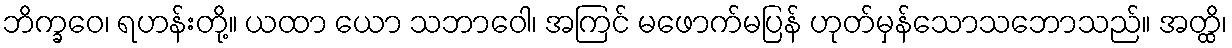
ဘိက္ခဝေ၊ ရဟန်းတို့။ ယထာ ယော သဘာဝေါ၊ အကြင် မဖောက်မပြန် ဟုတ်မှန်သောသဘောသည်။ အတ္ထိ၊